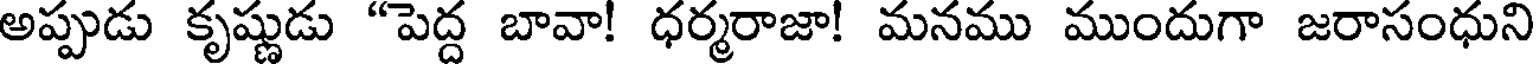
అప్పుడు కృష్ణుడు "పెద్ద బావా! ధర్మరాజా! మనము ముందుగా జరాసంధుని